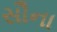
સૌના